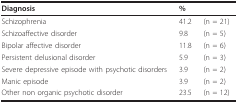
<table><thead><tr><td><b>Diagnosis</b></td><td colspan="2"><b>%</b></td></tr></thead><tbody><tr><td>Schizophrenia</td><td>41.2</td><td>(n = 21)</td></tr><tr><td>Schizoaffective disorder</td><td>9.8</td><td>(n = 5)</td></tr><tr><td>Bipolar affective disorder</td><td>11.8</td><td>(n = 6)</td></tr><tr><td>Persistent delusional disorder</td><td>5.9</td><td>(n = 3)</td></tr><tr><td>Severe depressive episode with psychotic disorders</td><td>3.9</td><td>(n = 2)</td></tr><tr><td>Manic episode</td><td>3.9</td><td>(n = 2)</td></tr><tr><td>Other non organic psychotic disorder</td><td>23.5</td><td>(n = 12)</td></tr></tbody></table>